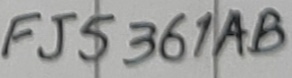
Text: FJ5361AB